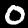
Label: 0